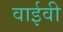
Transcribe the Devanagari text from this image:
वाईवी